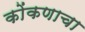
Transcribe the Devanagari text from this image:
कोंकणाचा